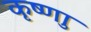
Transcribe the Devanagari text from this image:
कृष्णाु